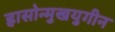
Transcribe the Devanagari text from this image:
ह्रासोन्मुखयुगीन